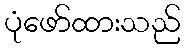
ပုံဖော်ထားသည်